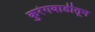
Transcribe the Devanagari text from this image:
कुरंगवाडीतून